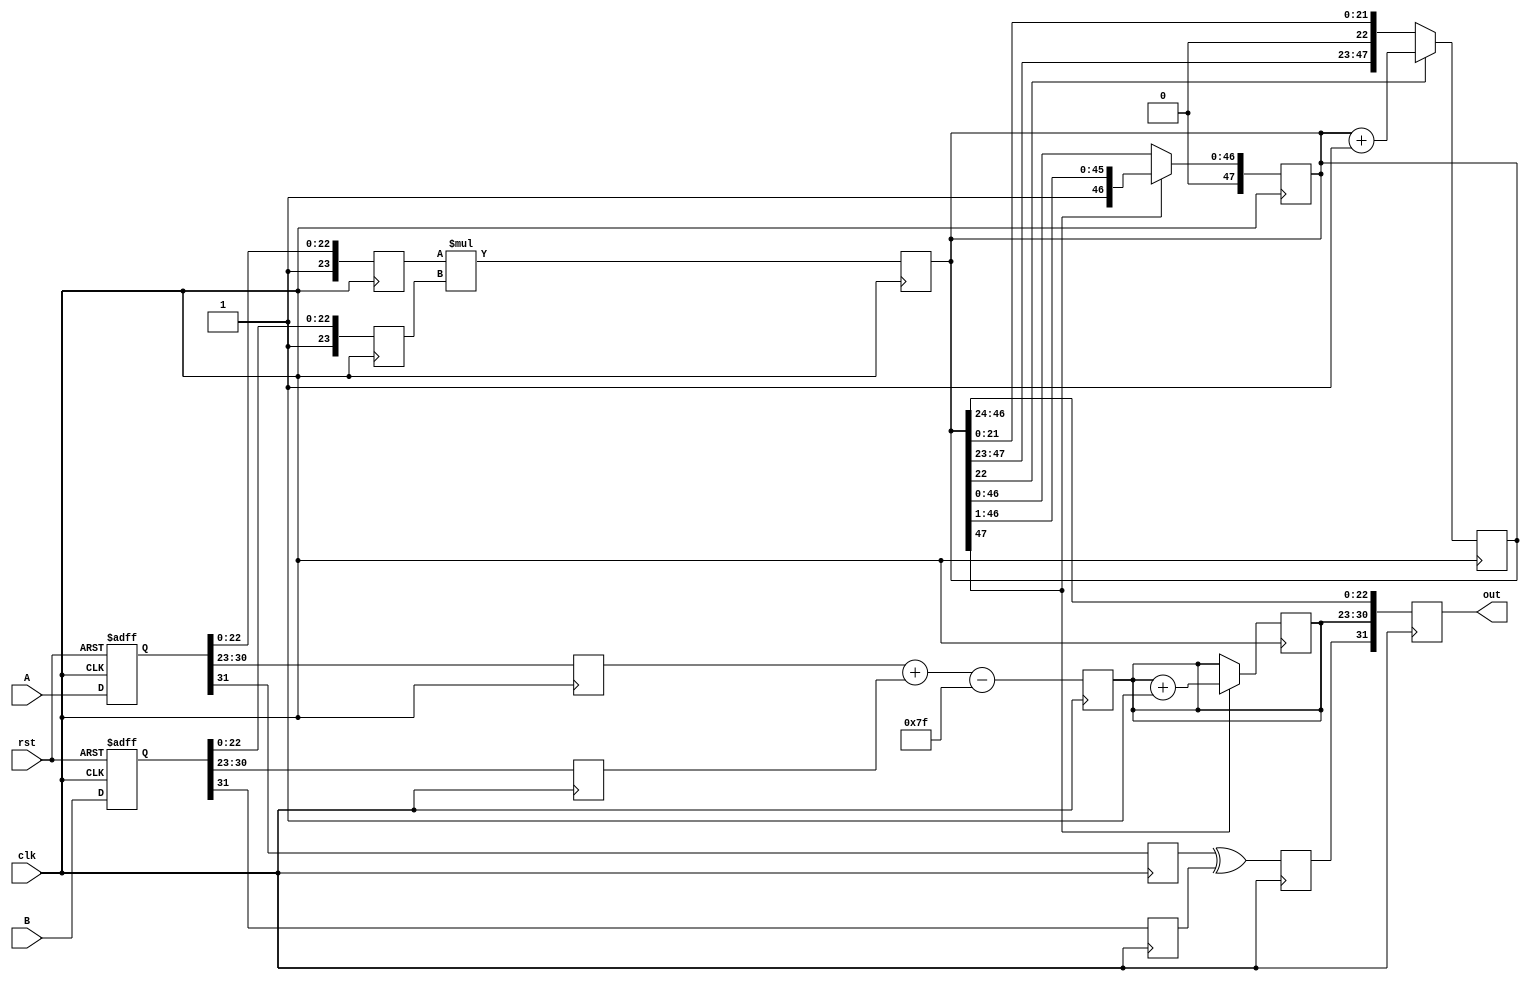
module pipelined_fp_multiplier (
    input clk,
    input rst,
    input [31:0] A,      // First floating-point input
    input [31:0] B,      // Second floating-point input
    output reg [31:0] out // Resulting floating-point output
);

    // Pipeline registers
    reg [31:0] A_reg, B_reg;                       // Input registers
    reg sign_out;                                  // Sign output
    reg [7:0] exp_out;                             // Exponent output
    reg [47:0] mant_out;                           // Mantissa output (with extra bit for normalization)
    reg [23:0] mant_a, mant_b;                     // Mantissas from inputs
    reg [7:0] exp_a, exp_b;                        // Exponents from inputs
    reg sign_a, sign_b;                            // Signs from inputs

    // Decompose inputs into sign, exponent, and mantissa
    always @(posedge clk or posedge rst) begin
        if (rst) begin
            A_reg <= 0;
            B_reg <= 0;
        end else begin
            A_reg <= A;
            B_reg <= B;
        end
    end
    
    // Stage 1: Sign, Exponent, and Mantissa Extraction
    always @(posedge clk) begin
        sign_a <= A_reg[31];
        sign_b <= B_reg[31];
        exp_a <= A_reg[30:23];
        exp_b <= B_reg[30:23];
        mant_a <= {1'b1, A_reg[22:0]}; // Normalize the mantissa for A
        mant_b <= {1'b1, B_reg[22:0]}; // Normalize the mantissa for B
    end

    // Stage 2: Sign Calculation
    always @(posedge clk) begin
        sign_out <= sign_a ^ sign_b; // XOR for sign
    end

    // Stage 3: Exponent Calculation
    always @(posedge clk) begin
        exp_out <= exp_a + exp_b - 8'd127; // Add exponents and subtract bias
    end

    // Stage 4: Mantissa Multiplication
    always @(posedge clk) begin
        mant_out <= mant_a * mant_b; // Multiply mantissas
    end

    // Stage 5: Normalization
    always @(posedge clk) begin
        if (mant_out[47]) begin
            mant_out <= mant_out >> 1; // If overflown, shift right
            exp_out <= exp_out + 1;     // Increase exponent
        end
    end

    // Stage 6: Rounding (simple implementation)
    always @(posedge clk) begin
        if (mant_out[22]) begin
            mant_out <= mant_out + 1; // Simple rounding up
        end
        out <= {sign_out, exp_out, mant_out[46:24]}; // Final assembly of output
    end
endmodule